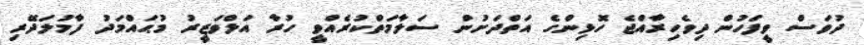
ދުވަސް ވީފަހުން ދިވެހިރާއްޖެ ހޮޅިންގެ އަތްދަށުން ސަލާމަތްކުރެއްވީ ހުރާ އަލްވަޒީރު މުޙައްމަދު ފާމުލަދޭރި